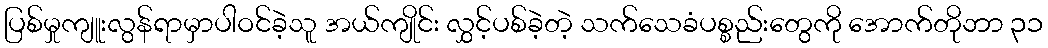
ပြစ်မှုကျူးလွန်ရာမှာပါဝင်ခဲ့သူ အယ်ကျိုင်း လွှင့်ပစ်ခဲ့တဲ့ သက်သေခံပစ္စည်းတွေကို အောက်တိုဘာ ၃၁